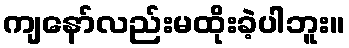
ကျနော်လည်းမထိုးခဲ့ပါဘူး။